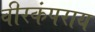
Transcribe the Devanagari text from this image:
वीरकंपराय